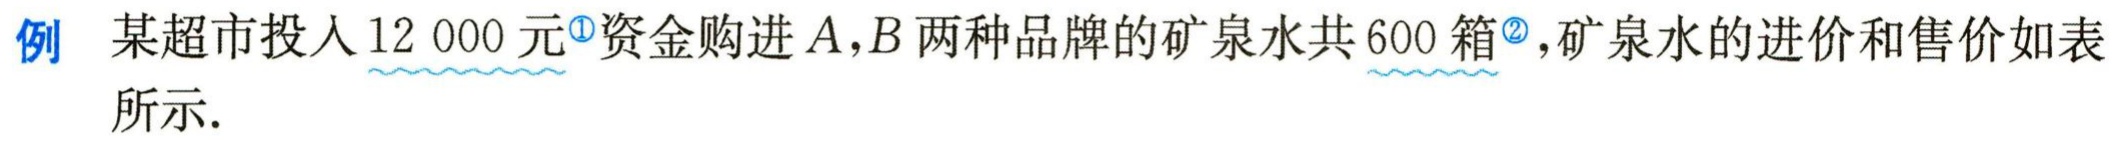
例 某超市投入\(12\ 000\)元<sup>\textcircled{1}</sup>资金购进\(A,B\)两种品牌的矿泉水共\(600\)箱<sup>\textcircled{2}</sup>，矿泉水的进价和售价如表所示.